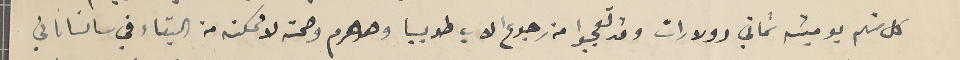
كل منهم يوميته ثماني دولارات وقد تعجبوا من رجوع الاب طوبيا وهو هرم وصحته لا ممكنه من البقاء في سانساناتي